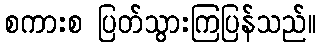
စကားစ ပြတ်သွားကြပြန်သည်။